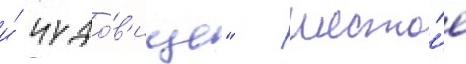
и́ чудо́в'ище" - шесто́е